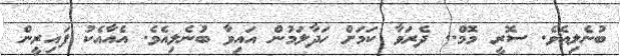
ބުނެލިއެވެ. ސޮރީ މޮމް.. ދެރަވާ ކަމަށް ހަދާލަމުން އައިވާ ބުނެލިއެވެ. އެއާއެކު ފައިރީން